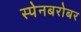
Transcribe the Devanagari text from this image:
स्पेनबरोबर